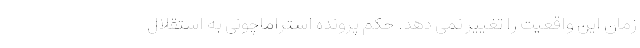
زمان این واقعیت را تغییر نمی دهد. حکم پرونده استراماچونی به استقلال